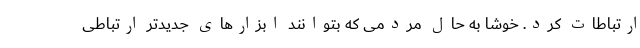
ارتباطات کرد. خوشا به حال مردمی که بتوانند ابزارهای جدیدتر ارتباطی